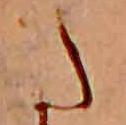
た